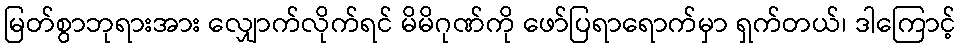
မြတ်စွာဘုရားအား လျှောက်လိုက်ရင် မိမိဂုဏ်ကို ဖော်ပြရာရောက်မှာ ရှက်တယ်၊ ဒါကြောင့်